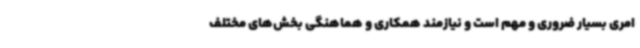
امری بسیار ضروری و مهم است و نیازمند همکاری و هماهنگی بخش‌های مختلف